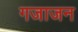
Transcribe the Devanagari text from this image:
गजाजन